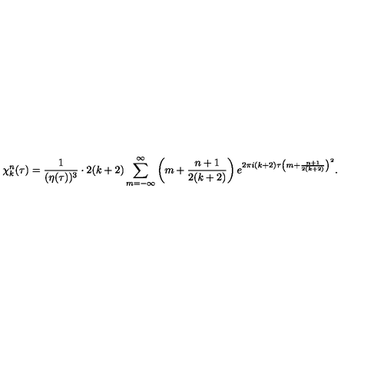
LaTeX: \chi _ { k } ^ { n } ( \tau ) = { \frac { 1 } { ( \eta ( \tau ) ) ^ { 3 } } } \cdot 2 ( k + 2 ) \sum _ { m = - \infty } ^ { \infty } \left( m + { \frac { n + 1 } { 2 ( k + 2 ) } } \right) e ^ { 2 \pi i ( k + 2 ) \tau \left( m + { \frac { n + 1 } { 2 ( k + 2 ) } } \right) ^ { 2 } } .